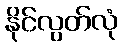
နိုင်လွတ်လုံ